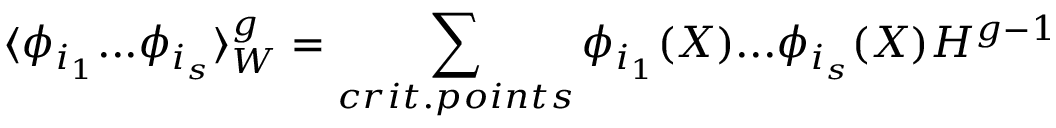
\langle \phi _ { i _ { 1 } } . . . \phi _ { i _ { s } } \rangle _ { W } ^ { g } = \sum _ { c r i t . p o i n t s } \phi _ { i _ { 1 } } ( X ) . . . \phi _ { i _ { s } } ( X ) H ^ { g - 1 }